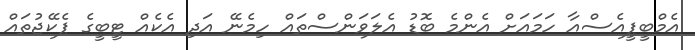
އެމްބީޕީއެސްއާ ހަމައަށް އެންމެ ބޮޑު އެލަވަންސްތައް ހިމެނޭ އަދި އެކެއް ޓީބީގެ ޕެކޭޖުތައް